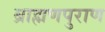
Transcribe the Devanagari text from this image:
ब्राह्मणपुराण